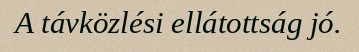
A távközlési ellátottság jó.